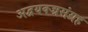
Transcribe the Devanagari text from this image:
अद्वयवज्रसंग्रह